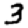
Digit: 3